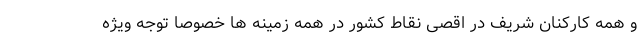
و همه کارکنان شریف در اقصی نقاط کشور در همه زمینه ها خصوصا توجه ویژه